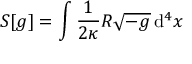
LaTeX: S [ g ] = \int { \frac { 1 } { 2 \kappa } } R { \sqrt { - g } } \, \mathrm { d } ^ { 4 } x